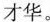
才华。